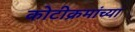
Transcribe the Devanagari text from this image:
कोटीक्रमांच्या